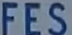
FES